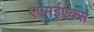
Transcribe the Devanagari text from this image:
एएमईएक्स